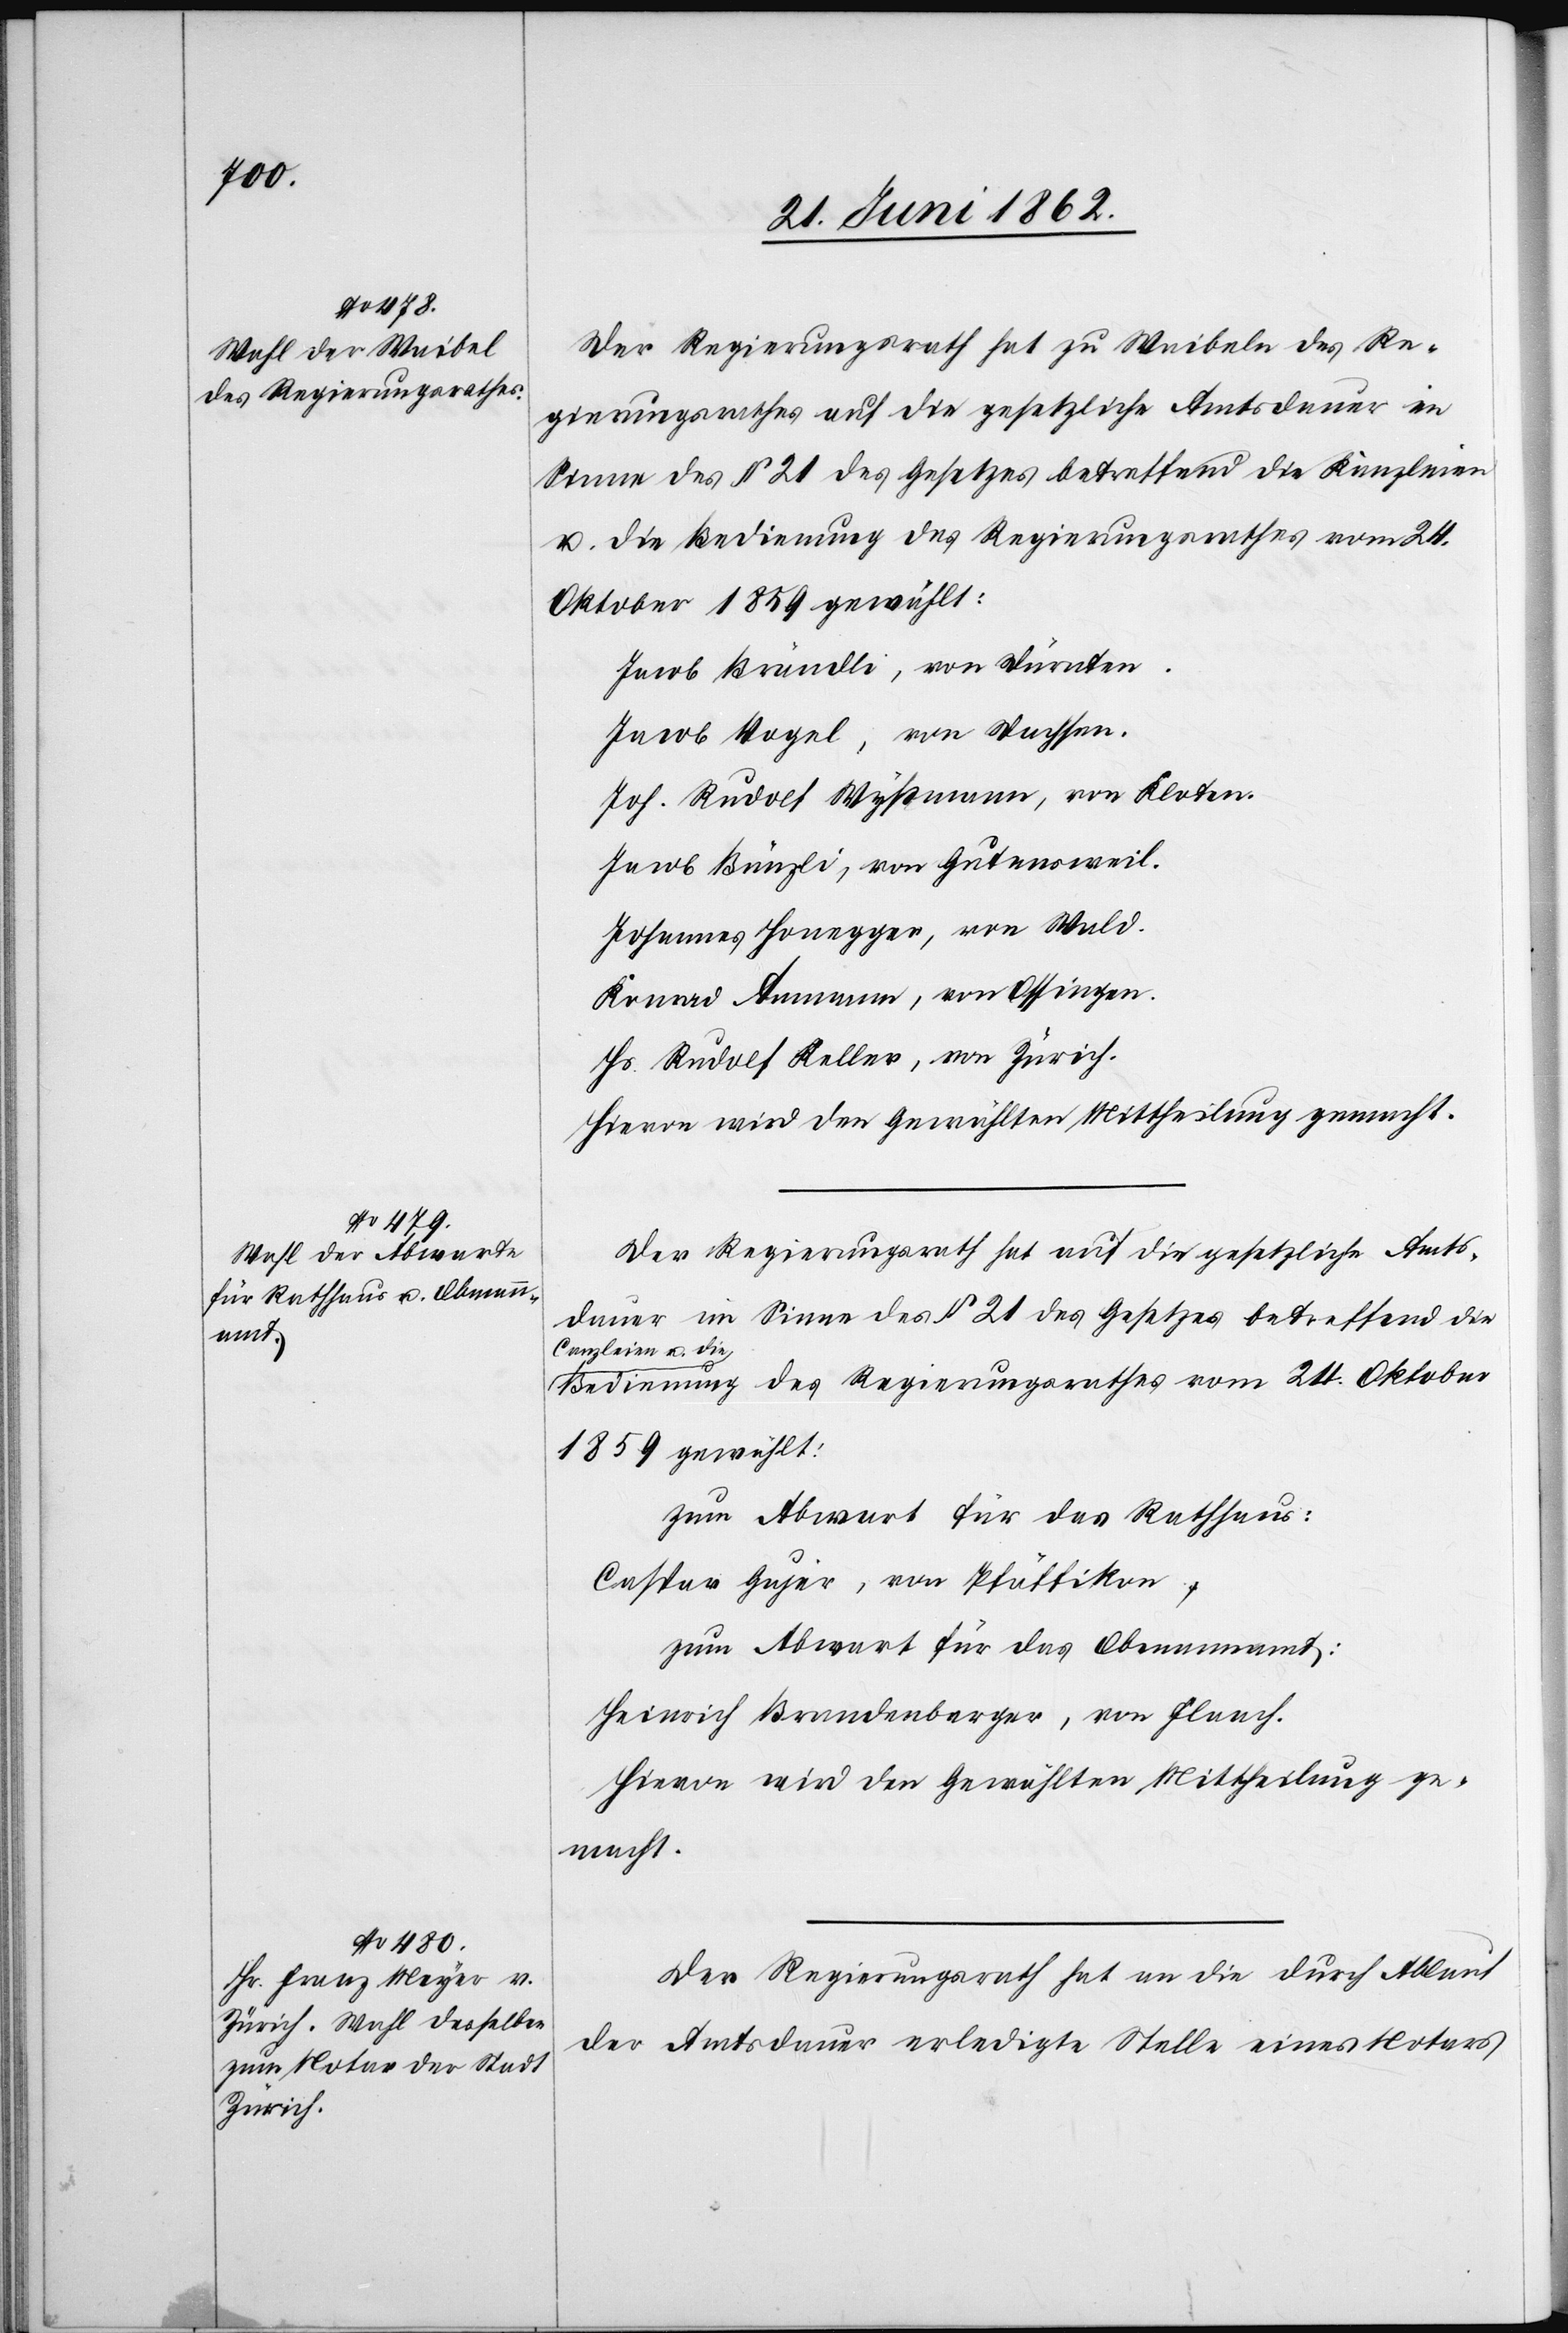
Der Regierungsrath hat zu Waibeln des Re¬
gierungsrathes auf die gesetzliche Amtsdauer im
Sinne des § 21 des Gesetzes betreffend die Kanzleien
u. die Bedienung des Regierungsrathes vom 24.O¬
ktober 1859 gewählt:
Jacob Brändli, von Dürnten.
Jacob Vogel, von Dachsen.
Joh. Rudolf Wyßmann, von Kloten.
Jacob Bünzli, von Gutensweil.
Johannes Honegger, von Wald.
Konrad Ammann, von Ossingen.
Hs. Rudolf Keller, von Zürich.
Hievon wird den Gewählten Mittheilung gemacht.
Der Regierungsrath hat auf die gesetzliche Amts¬
dauer im Sinne des § 21 des Gesetzes betreffend die
Canzleien u. die
Bedienung des Regierungsrathes vom 24. Oktober
1859 gewählt:
zum Abwart für das Rathhaus:
Caspar Gujer, von Pfäffikon,
Heinrich Brandenberger, von Flaach.
Der Regierungsrath hat an die durch Ablauf
der Amtsdauer erledigte Stelle eines Notars